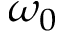
\omega _ { 0 }